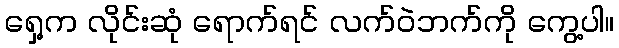
ရှေ့က လိုင်းဆုံ ရောက်ရင် လက်ဝဲဘက်ကို ကွေ့ပါ။